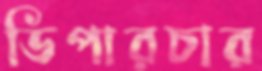
ডিপারচার